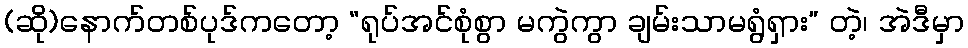
(ဆို)နောက်တစ်ပုဒ်ကတော့ “ရုပ်အင်စုံစွာ မကွဲကွာ ချမ်းသာမရွံရှား” တဲ့၊ အဲဒီမှာ